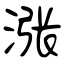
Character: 涨